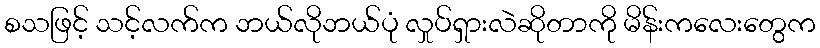
စသဖြင့် သင့်လက်က ဘယ်လိုဘယ်ပုံ လှုပ်ရှားလဲဆိုတာကို မိန်းကလေးတွေက